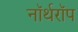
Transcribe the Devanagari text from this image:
नॉर्थरॉप